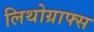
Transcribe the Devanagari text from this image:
लिथोग्राफ्स